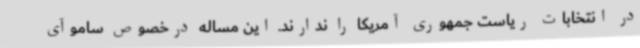
در انتخابات ریاست جمهوری آمریکا را ندارند. این مساله درخصوص ساموآی